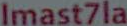
Imast7la